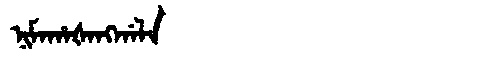
Manchu: ᠨᡳᠮᠠᡥᠠᡧᠠᠩᡤᠠᠯᠠ
Romanization: NIMAHAŠANGGALA